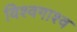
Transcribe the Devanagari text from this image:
विश्वगाश्व